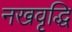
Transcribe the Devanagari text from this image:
नखवृद्धि